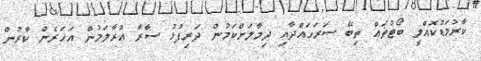
ކާރުމަޑުކޮއްލީ ބޯޓުތައް ތިބޭ ސަރަހައްދާއި ދިމާލަށްކަމުން ދަރިފުޅު ސާރާ އުރާލަމުން އަހަރެން ކާރުން